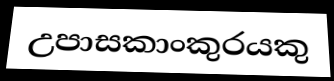
උපාසකාංකුරයකු